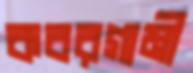
কবরগামী